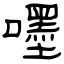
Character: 嚜